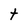
Character: t